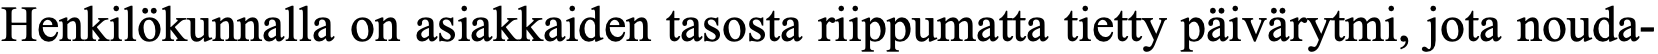
Henkilökunnalla on asiakkaiden tasosta riippumatta tietty päivärytmi, jota nouda-